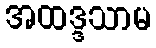
အထဒ္ဒသာမ